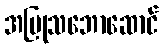
အပြုသဘောဆောင်